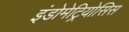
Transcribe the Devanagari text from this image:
इंडोमेट्रियोसिस